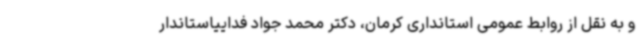
و به نقل از روابط عمومی استانداری کرمان، دکتر محمد جواد فداییاستاندار